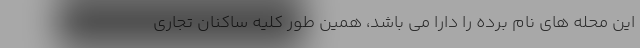
این محله های نام برده را دارا می باشد، همین طور کلیه ساکنان تجاری